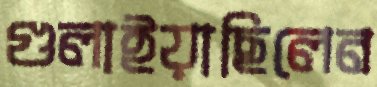
গুলাইয়াছিলেন